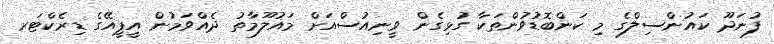
ފުނަދޫ ކައުންސިލްގެ މި ކަންބޮޑުވުންތަކާ ގުޅިގެން ވީނިއުސްއަށް މައުލޫމާތު ދެއްވަމުން އީޕީއޭގެ ޑިރެކްޓަރ